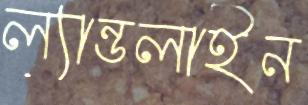
ল্যান্ডলাইন